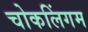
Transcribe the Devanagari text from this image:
चोकलिंगम